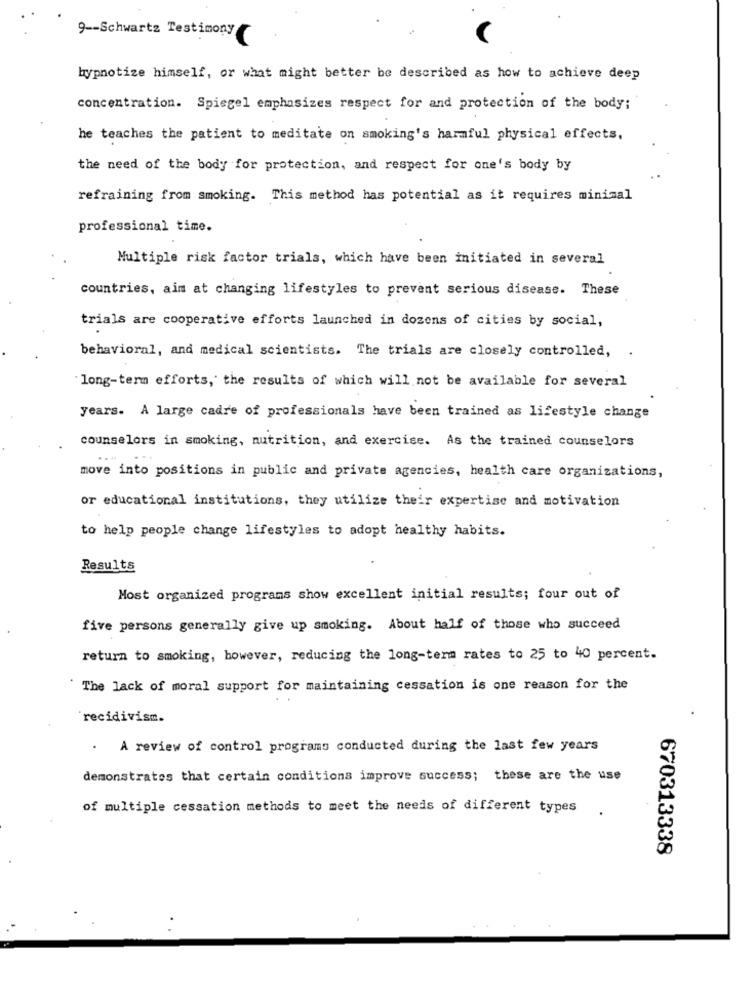
9 -- Schwartz Testimony
hypnotize himself, or what might better be described as how to achieve deep
concentration. Spiegel emphasizes respect for and protection of the body;
he teaches the patient to meditate on smoking's harmful physical effects,
the need of the body for protection, and respect for one's body by
refraining from smoking. This method has potential as it requires minimal
professional time.
Multiple risk factor trials, which have been initiated in several
countries, aim at changing lifestyles to prevent serious disease. These
trials are cooperative efforts launched in dozens of cities by social,
behavioral, and medical scientists. The trials are closely controlled,
.
long-term efforts, the results of which will not be available for several
years. A large cadre of professionals have been trained as lifestyle change
counselors in smoking, nutrition, and exercise. As the trained counselors
move into positions in public and private agencies, health care organizations,
or educational institutions, they utilize their expertise and motivation
to help people change lifestyles to adopt healthy habits.
Results
Most organized programs show excellent initial results; four out of
five persons generally give up smoking. About half of those who succeed
return to smoking, however, reducing the long-term rates to 25 to 40 percent.
The lack of moral support for maintaining cessation is one reason for the
recidivism.
. A review of control programs conducted during the last few years
demonstrates that certain conditions improve success; these are the use
of multiple cessation methods to meet the needs of different types .
670313338